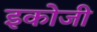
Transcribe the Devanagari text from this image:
इकोजी